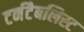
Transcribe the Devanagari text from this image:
टर्नटैबलिस्ट